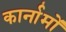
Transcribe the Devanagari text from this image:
कार्नामों